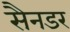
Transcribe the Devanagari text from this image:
सैनडर